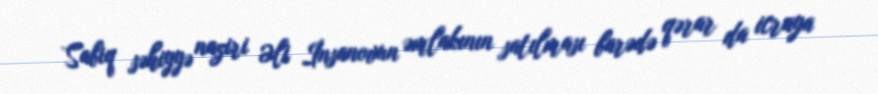
Sabiq səhiyyə naziri Əli İnsanovun əmlakının satılması barədə qərar da icraya